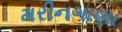
મરીનગાણા